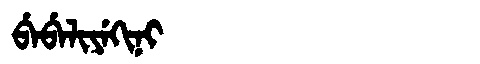
Manchu: ᠪᡝᠪᡝᠯᡳᠶᡝᡴᡳᠨᡳ
Romanization: BEBELIYEKINI